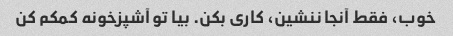
خوب، فقط آنجا ننشین، کاری بکن. بیا تو آشپزخونه کمکم کن